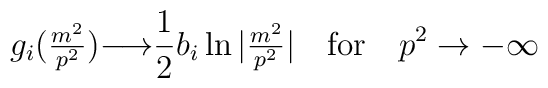
g_i(\hbox{$m^2 \over p^2$}) {\longrightarrow} \frac 12 b_i \ln|\hbox{$m^2 \over p^2$}| \quad \hbox{for} \quad p^2 \to -\infty